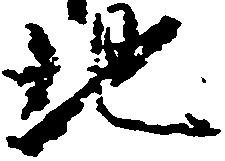
地